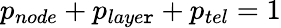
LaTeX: p_{node}+p_{laye\mathtt{r}}+{p_{tel}}=1